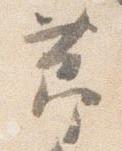
節